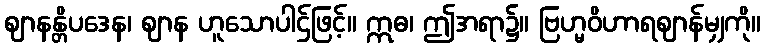
ဈာနန္တိပဒေန၊ ဈာန ဟူသောပါဌ်ဖြင့်။ ဣဓ၊ ဤအရာ၌။ ဗြဟ္မဝိဟာရဈာန်မျှကို။